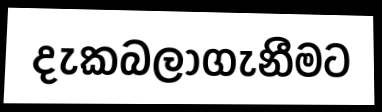
දැකබලාගැනීමට